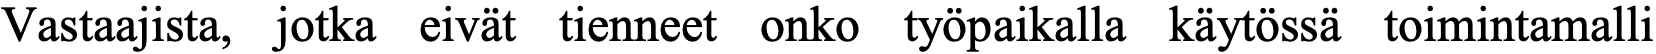
Vastaajista, jotka eivät tienneet onko työpaikalla käytössä toimintamalli